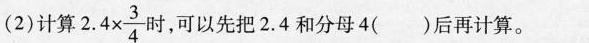
(2)计算2 $$ 2.4 \times \frac{3}{4} $$ 时，可以先把2.4和分母4()后再计算。